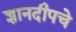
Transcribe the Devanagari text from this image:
ज्ञानदीपचे